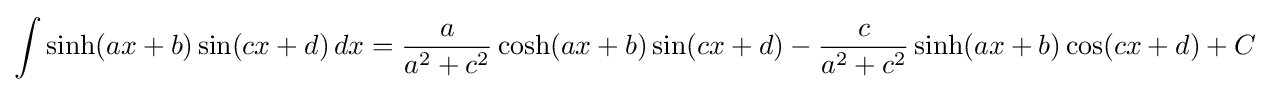
\int \sinh(ax+b)\sin(cx+d)\,dx={\frac {a}{a^{2}+c^{2}}}\cosh(ax+b)\sin(cx+d)-{\frac {c}{a^{2}+c^{2}}}\sinh(ax+b)\cos(cx+d)+C